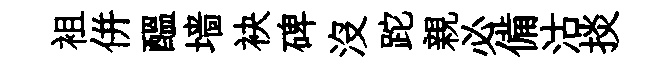
袓併醖墙袂碑没跎親必備沽掞